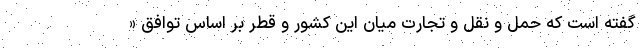
گفته است که حمل و نقل و تجارت میان این کشور و قطر بر اساس توافق «